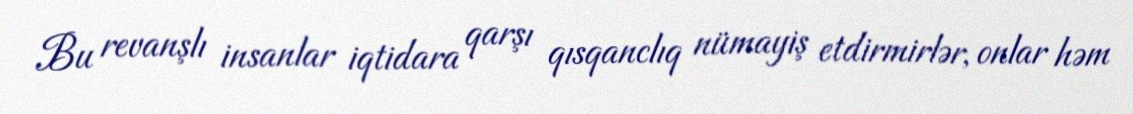
Bu revanşlı insanlar iqtidara qarşı qısqanclıq nümayiş etdirmirlər, onlar həm